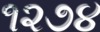
૧૨૭૪